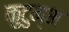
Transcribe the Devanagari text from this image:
कुटुम्भ